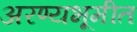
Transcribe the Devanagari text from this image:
अरण्यभूमीत